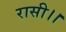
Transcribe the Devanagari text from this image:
रासी।।